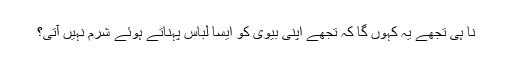
نا ہی تجھے یہ کہوں گا کہ تجھے اپنی بیوی کو ایسا لباس پہناتے ہوئے شرم نہیں آتی؟